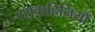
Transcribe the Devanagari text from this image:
रसवाहिनियाँ